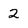
Character: 2